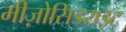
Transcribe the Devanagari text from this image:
मीज़ोसिडराइट